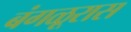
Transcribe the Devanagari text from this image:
बंगळूरास